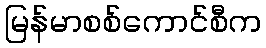
မြန်မာစစ်ကောင်စီက